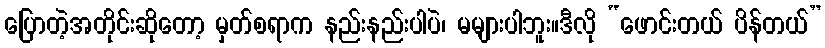
ပြောတဲ့အတိုင်းဆိုတော့ မှတ်စရာက နည်းနည်းပါပဲ၊ မများပါဘူး။ဒီလို “ဖောင်းတယ် ပိန်တယ်”